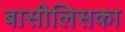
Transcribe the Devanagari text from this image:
बासीलिसका